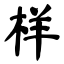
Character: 样